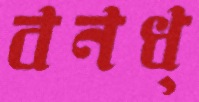
বনধ্